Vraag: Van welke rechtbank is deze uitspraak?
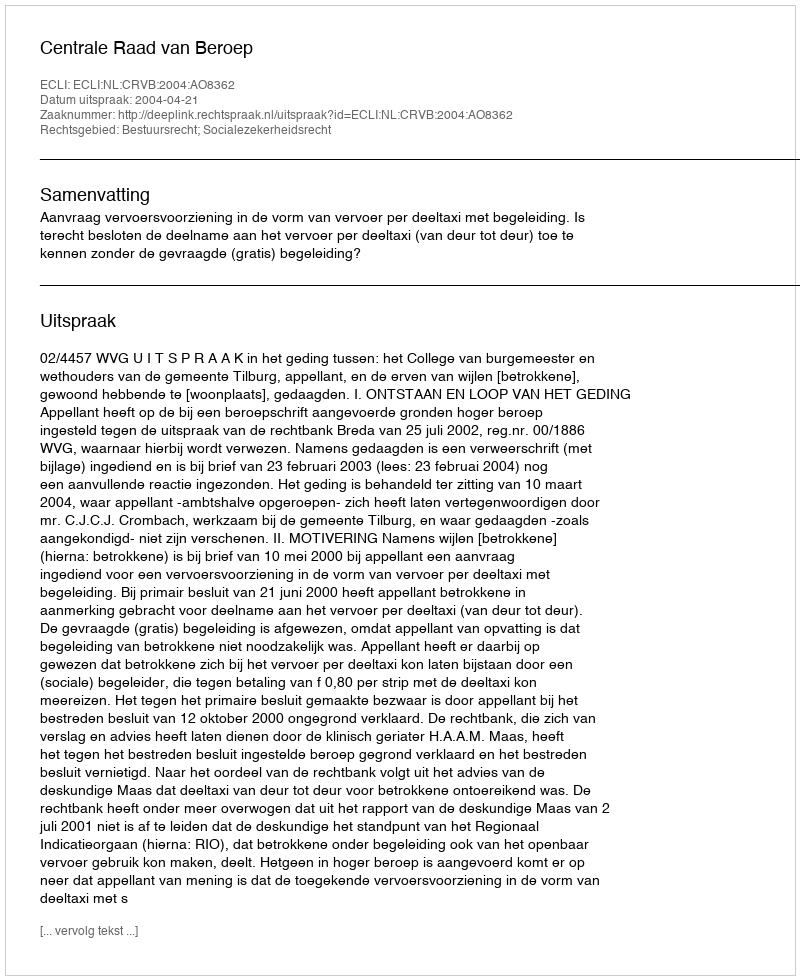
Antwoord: Centrale Raad van Beroep